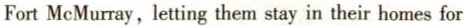
Fort McMurray,letting them stay in their homes for